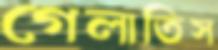
গেলাতিস